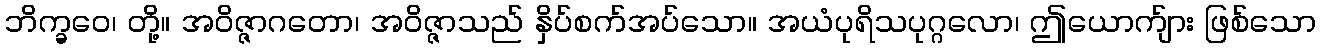
ဘိက္ခဝေ၊ တို့။ အဝိဇ္ဇာဂတော၊ အဝိဇ္ဇာသည် နှိပ်စက်အပ်သော။ အယံပုရိသပုဂ္ဂလော၊ ဤယောက်ျား ဖြစ်သော